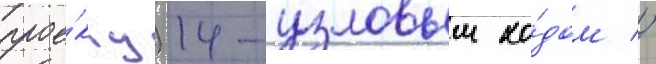
прое́кту) 14-узловым хо́дом //